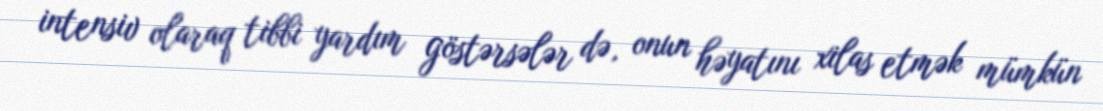
intensiv olaraq tibbi yardım göstərsələr də, onun həyatını xilas etmək mümkün